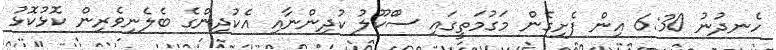
ހެނދުނު 6:30 އިން ފެށިގެން މަގުމަތީގައި ސުްކޫލު ކުދިންނާއި އެކުދިންގެ ބެލެނިވެރިން ކޮޅުކޮޅު